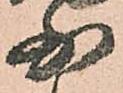
少